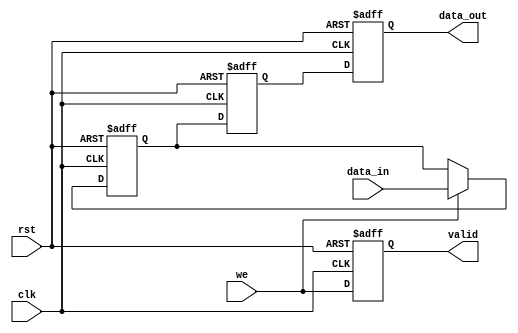
module PipelineBuffer #(
    parameter N = 8,          // Width of the data (number of bits)
    parameter DEPTH = 2       // Depth of the pipeline (number of stages)
)(
    input wire clk,          // Clock signal
    input wire rst,          // Reset signal
    input wire we,           // Write enable signal
    input wire [N-1:0] data_in, // Data input
    output reg [N-1:0] data_out, // Data output
    output reg valid         // Valid signal
);

// Internal storage for the pipeline buffer
reg [N-1:0] buffer [0:DEPTH-1]; // Array of registers for the buffer
integer i;

// Synchronous reset and data loading
always @(posedge clk or posedge rst) begin
    if (rst) begin
        // Clear the buffer and valid signal on reset
        for (i = 0; i < DEPTH; i = i + 1) begin
            buffer[i] <= {N{1'b0}}; // Initialize to zero
        end
        data_out <= {N{1'b0}};
        valid <= 1'b0;
    end else begin
        // Shift data through the pipeline
        if (we) begin
            buffer[0] <= data_in; // Load new data into the first stage
        end
        
        // Shift data from one stage to the next
        for (i = 1; i < DEPTH; i = i + 1) begin
            buffer[i] <= buffer[i-1];
        end
        
        // Output the data from the last stage
        data_out <= buffer[DEPTH-1];
        valid <= we; // Set valid signal based on write enable
    end
end

endmodule